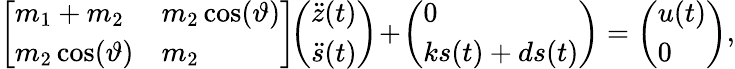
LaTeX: \begin{array}{r}{\left[\begin{array}{ll}{m_{1}+m_{2}}&{m_{2}\cos(\vartheta)}\\ {m_{2}\cos(\vartheta)}&{m_{2}}\end{array}\right]\! \! \left(\begin{array}{l}{\ddot{z}(t)}\\ {\ddot{s}(t)}\end{array}\right)\! +\! \left(\begin{array}{l}{0}\\ {ks(t)+ds(t)}\end{array}\right)=\left(\begin{array}{l}{u(t)}\\ {0}\end{array}\right),}\end{array}